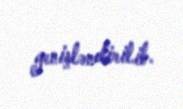
genişləndirilib.